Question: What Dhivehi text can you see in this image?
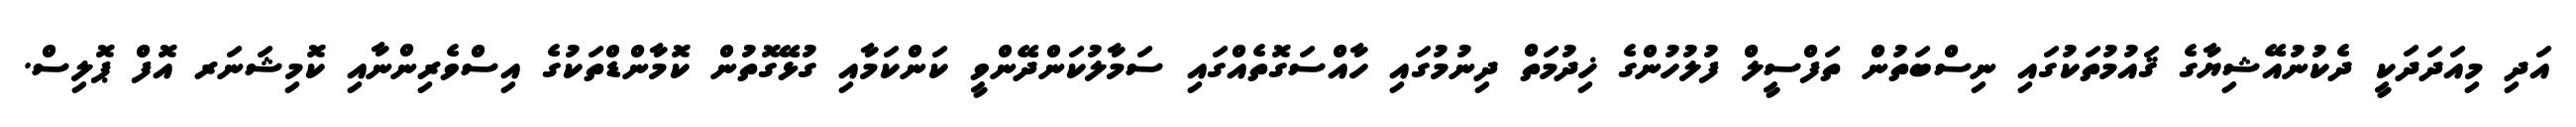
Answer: އަދި މިއަދަދަކީ ދެކުނުއޭޝިޔާގެ ޤައުމުތަކުގައި ނިސްބަތުން ތަފްސީލް ފުލުހުންގެ ޚިދުމަތް ދިނުމުގައި ހާއްސަގޮތެއްގައި ސަމާލުކަންދޭންވީ ކަންކަމާއި ގުޅޭގޮތުން ކޮމާންޑްތަކުގެ އިސްވެރިންނާއި ކޮމިޝަނަރ އޮފް ޕޮލިސް.